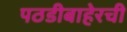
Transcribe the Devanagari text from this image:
पठडीबाहेरची